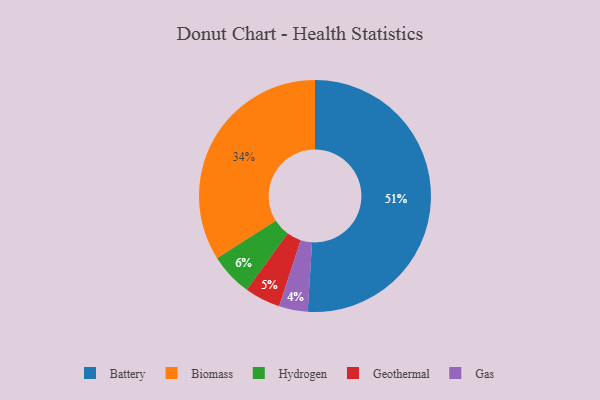
{"axis": {"x": "Category", "y": "Percentage"}, "legend": ["Battery", "Biomass", "Gas", "Geothermal", "Hydrogen"], "data": [{"x": "Battery", "y": 51, "type": "Battery"}, {"x": "Hydrogen", "y": 6, "type": "Hydrogen"}, {"x": "Geothermal", "y": 5, "type": "Geothermal"}, {"x": "Biomass", "y": 34, "type": "Biomass"}, {"x": "Gas", "y": 4, "type": "Gas"}]}